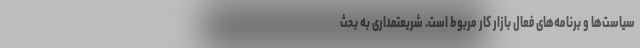
سیاست‌ها و برنامه‌های فعال بازار کار مربوط است. شریعتمداری به بحث